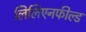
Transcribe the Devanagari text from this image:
लिलिएनफील्ड